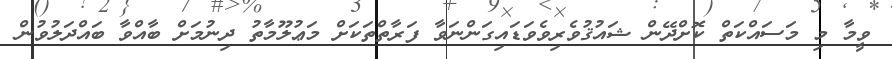
ވީމާ މި މަސައްކަތް ކޮށްދޭން ޝައުޤުވެރިވެވަޑައިގަންނަވާ ފަރާތްތަކަށް މަޢުލޫމާތު ދިނުމަށް ބާއްވާ ބައްދަލުވުން